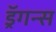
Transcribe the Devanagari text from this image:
ड्रॅगन्स